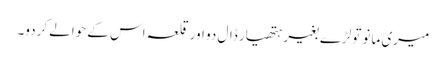
میری مانو تولڑے بغیر ہتھیار ڈال دو اور قلعہ اس کے حوالے کردو۔